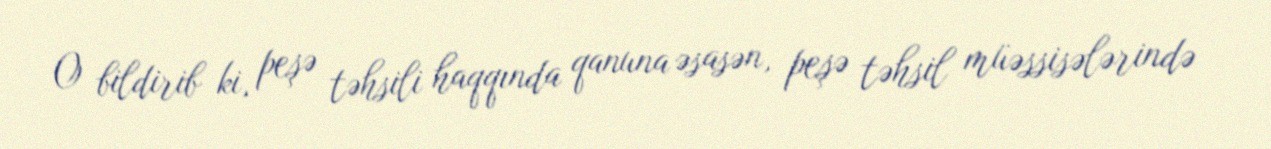
O bildirib ki, peşə təhsili haqqında qanuna əsasən, peşə təhsil müəssisələrində